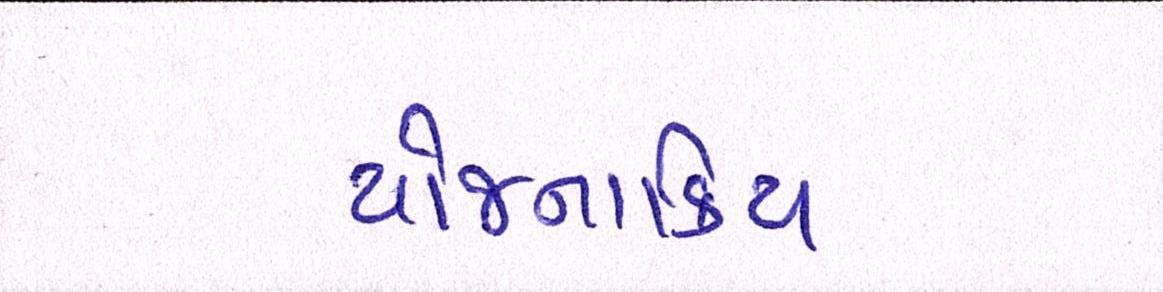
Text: યોજનાકિય